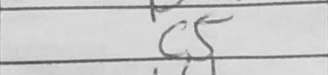
Transcription: c5